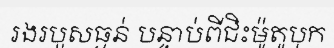
រងរបួសធ្ងន់ បន្ទាប់ពីជិះម៉ូតូបុក